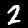
Digit: 2